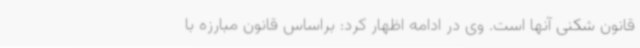
قانون شکنی آنها است. وی در ادامه اظهار کرد: براساس قانون مبارزه با